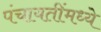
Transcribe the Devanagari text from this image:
पंचायतींमध्ये